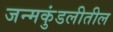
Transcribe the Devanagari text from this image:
जन्मकुंडलीतील